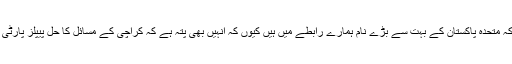
ان کا کہنا تھا کہ متحدہ پاکستان کے بہت سے بڑے نام ہمارے رابطے میں ہیں کیوں کہ انہیں بھی پتہ ہے کہ کراچی کے مسائل کا حل پیپلز پارٹی کے پاس ہے ۔